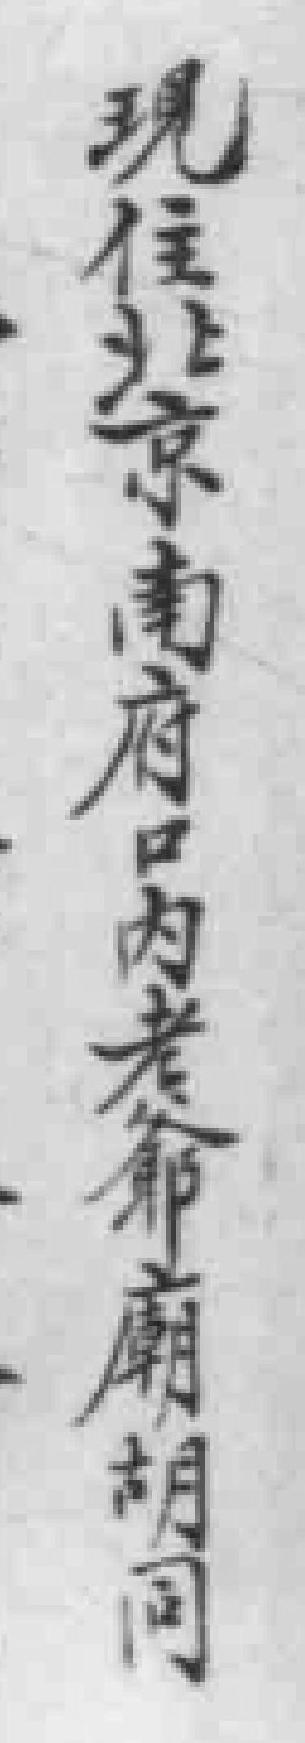
現往北京南府口内老爺廟胡同